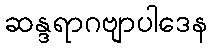
ဆန္ဒရာဂဗျာပါဒေန